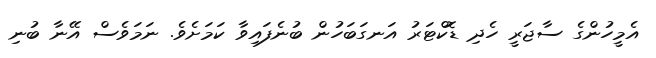
އެމީހުންގެ ސާޖަރީ ހެދި ޑޮކްޓަރު އަނގަބަހުން ބުނެފައިވާ ކަމަށެވެ. ނަމަވެސް އޭނާ ބުނި